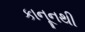
કાનૂનથી